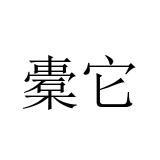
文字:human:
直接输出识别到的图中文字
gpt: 橐它